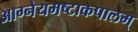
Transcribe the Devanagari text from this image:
आग्नेयमष्टाकपालम्